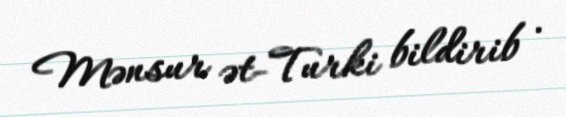
Mənsur ət-Turki bildirib .